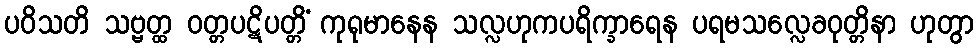
ပဝိသတိ သဗ္ဗတ္ထ ဝတ္တပဋိပတ္တိံ ကုရုမာနေန သလ္လဟုကပရိက္ခာရေန ပရမသလ္လေခဝုတ္တိနာ ဟုတွာ